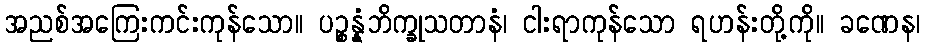
အညစ်အကြေးကင်းကုန်သော။ ပဉ္စန္နံဘိက္ခုသတာနံ၊ ငါးရာကုန်သော ရဟန်းတို့ကို။ ခဏေန၊